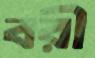
বরী